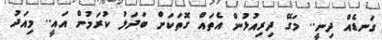
ގަނޑެއް ދިނީ.. މަގޭ ދިރިއުޅުން އެތައް ގޮތަކަށް ބަދަލު ކުރަމުން އައީ.. މިއަދު